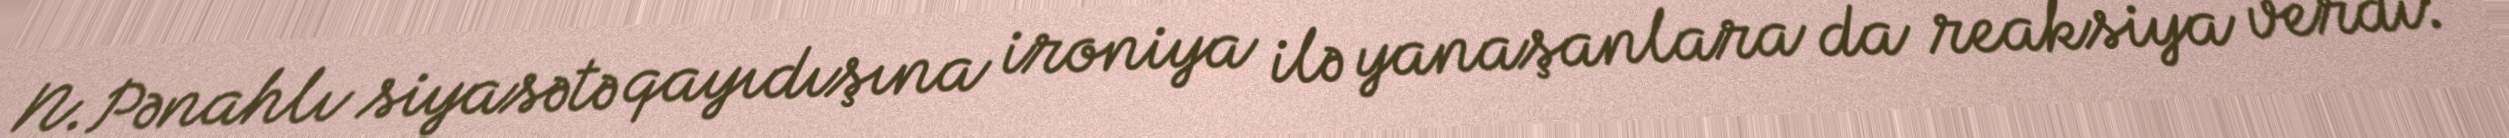
N.Pənahlı siyasətə qayıdışına ironiya ilə yanaşanlara da reaksiya verdi: